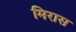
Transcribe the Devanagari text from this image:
मिरास